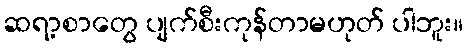
ဆရာ့စာတွေ ပျက်စီးကုန်တာမဟုတ် ပါဘူး။